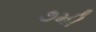
૭મી